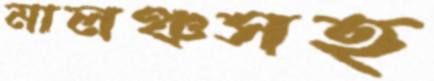
মালঞ্চসহ